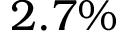
2 . 7 \%